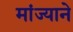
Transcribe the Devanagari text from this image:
मांज्याने